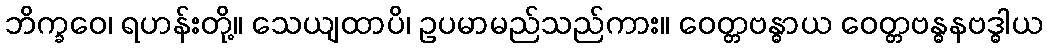
ဘိက္ခဝေ၊ ရဟန်းတို့။ သေယျထာပိ၊ ဥပမာမည်သည်ကား။ ဝေတ္တဗန္ဓာယ ဝေတ္တဗန္ဓနဗဒ္ဓါယ